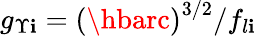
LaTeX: g_{\Upsilon\mathbf{i}}={\left(\hbarc\right)}^{3/2}/f_{l\mathbf{i}}